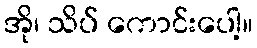
အို၊ သိပ် ကောင်းပေါ့။